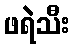
ဖရဲသီး